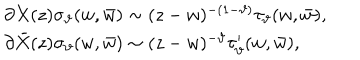
\begin{array} { l } { { \partial X ( z ) \sigma _ { \vartheta } ( w , \bar { w } ) \sim ( z - w ) ^ { - ( 1 - \vartheta ) } \tau _ { \vartheta } ( w , \bar { w } ) , } } \\ { { \partial \bar { X } ( z ) \sigma _ { \vartheta } ( w , \bar { w } ) \sim ( z - w ) ^ { - \vartheta } \tau _ { \vartheta } ^ { \prime } ( w , \bar { w } ) , } } \\ \end{array}